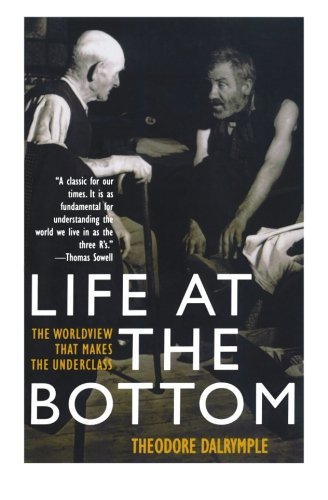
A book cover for Life at the Bottom: The Worldview That Makes the Underclass; Theodore Dalrymple; Health, Fitness & Dieting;